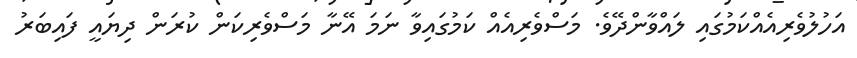
އަހުލުވެރިއެއްކަމުގައި ލައްވާންދޭވެ. މަސްވެރިއެއް ކަމުގައިވާ ނަމަ އޭނާ މަސްވެރިކަން ކުރަން ދިޔައީ ފައިބަރު